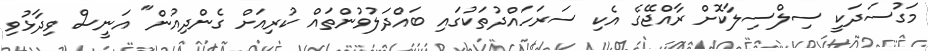
މަގުސަދަކީ ސިލްސިލާކޮށް ރާއްޖޭގެ އެކި ސަރަހައްދުތަކުގައި ބައްދަލުވުންތައް ކުރިއަށް ގެންދިއުން" އަނީސް ވިދާޅުވި